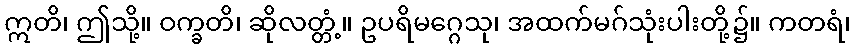
ဣတိ၊ ဤသို့။ ဝက္ခတိ၊ ဆိုလတ္တံ့။ ဥပရိမဂ္ဂေသု၊ အထက်မဂ်သုံးပါးတို့၌။ ကတရံ၊